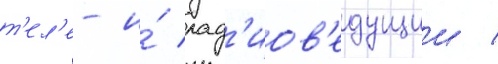
т'ел'е- и́ рад'иов'едущии /